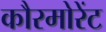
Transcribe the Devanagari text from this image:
कौरमोरेंट